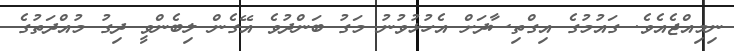
ނިމިއްޖެއެވެ. ގައުމުގެ އިގްތިސާދަށް އެހުޅުވުނު މަގު ބަންދުވެ އޭގެން ލިބެންވީ ދިގު މުއްދަތުގެ